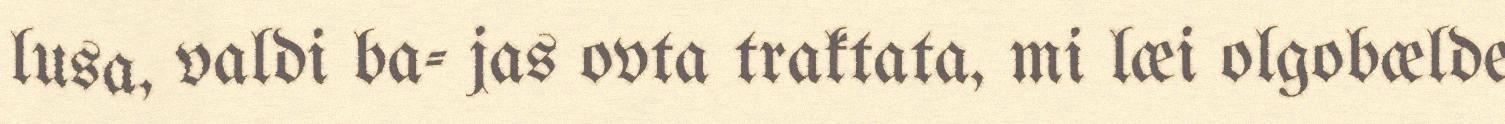
lusa, valdi ba- jas ovta traktata, mi læi olgobælde